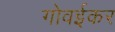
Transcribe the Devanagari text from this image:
गोवईकर